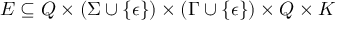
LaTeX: E \subseteq Q \times ( \Sigma \cup \{ \epsilon \} ) \times ( \Gamma \cup \{ \epsilon \} ) \times Q \times K